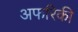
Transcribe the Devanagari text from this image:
अफरिकी